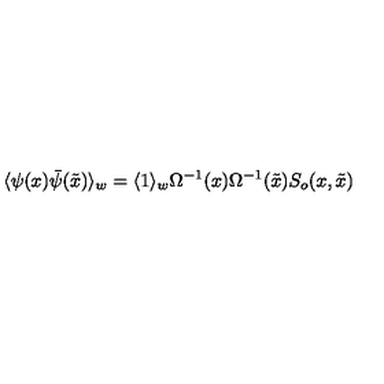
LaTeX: \langle \psi ( x ) \bar { \psi } ( \tilde { x } ) \rangle _ { w } = \langle 1 \rangle _ { w } \Omega ^ { - 1 } ( x ) \Omega ^ { - 1 } ( \tilde { x } ) S _ { o } ( x , \tilde { x } )